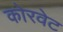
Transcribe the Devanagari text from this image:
कोरवेट